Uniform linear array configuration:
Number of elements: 8
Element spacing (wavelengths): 0.5
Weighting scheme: exponential
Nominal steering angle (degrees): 30
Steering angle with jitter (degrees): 29.282
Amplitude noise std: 0.05
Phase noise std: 0.05

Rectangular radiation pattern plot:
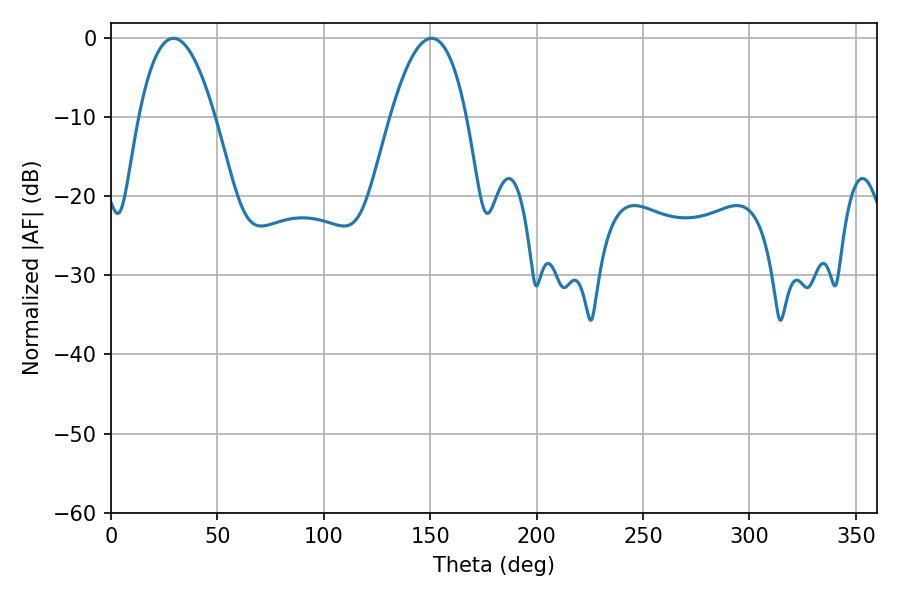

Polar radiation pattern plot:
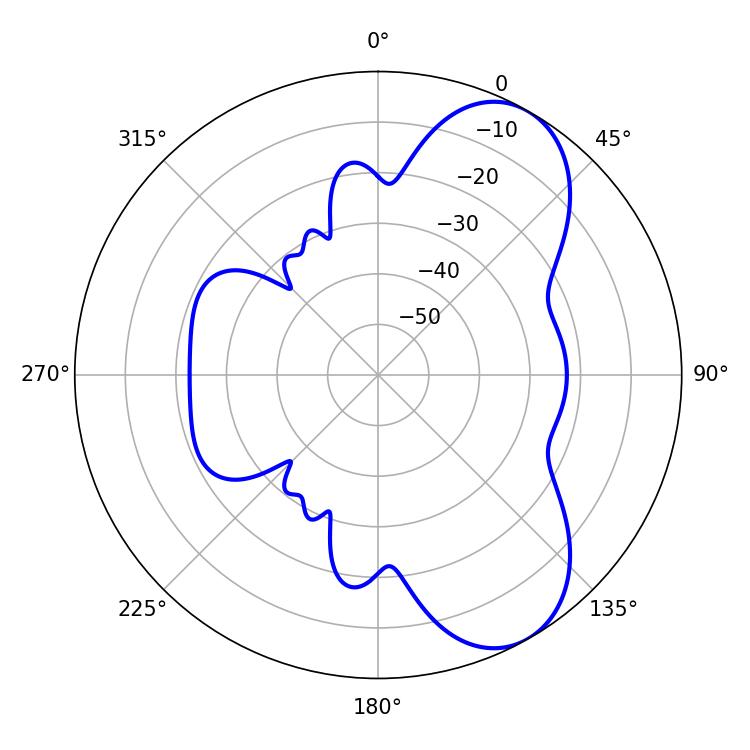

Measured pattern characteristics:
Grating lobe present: FALSE
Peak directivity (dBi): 7.381
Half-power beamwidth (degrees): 19.8
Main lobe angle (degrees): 29.34